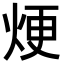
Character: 𪸫